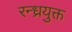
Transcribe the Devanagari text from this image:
रन्ध्रयुक्त